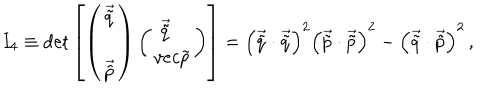
LaTeX: I _ { 4 } \equiv \det \left[ \left( \begin{array} { c } { { \vec { \tilde { q } } } } \\ { { \vec { \tilde { p } } } } \\ \end{array} \right) \left( \begin{array} { c c } { { \vec { \tilde { q } } \ \ \ } } \\ { { v e c { \tilde { p } } } } \\ \end{array} \right) \right] = \left( \vec { \tilde { q } } \cdot \vec { \tilde { q } } \right) ^ { 2 } \left( \vec { \tilde { p } } \cdot \vec { \tilde { p } } \right) ^ { 2 } - \left( \vec { \tilde { q } } \cdot \vec { \tilde { p } } \right) ^ { 2 } \, ,